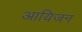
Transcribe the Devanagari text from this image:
आयिजन